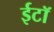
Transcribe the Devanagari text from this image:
ईटॉ